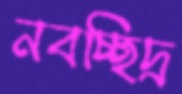
নবচ্ছিদ্র